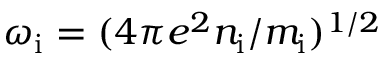
\omega _ { \mathrm { i } } = ( 4 \pi e ^ { 2 } n _ { \mathrm { i } } / m _ { \mathrm { i } } ) ^ { 1 / 2 }